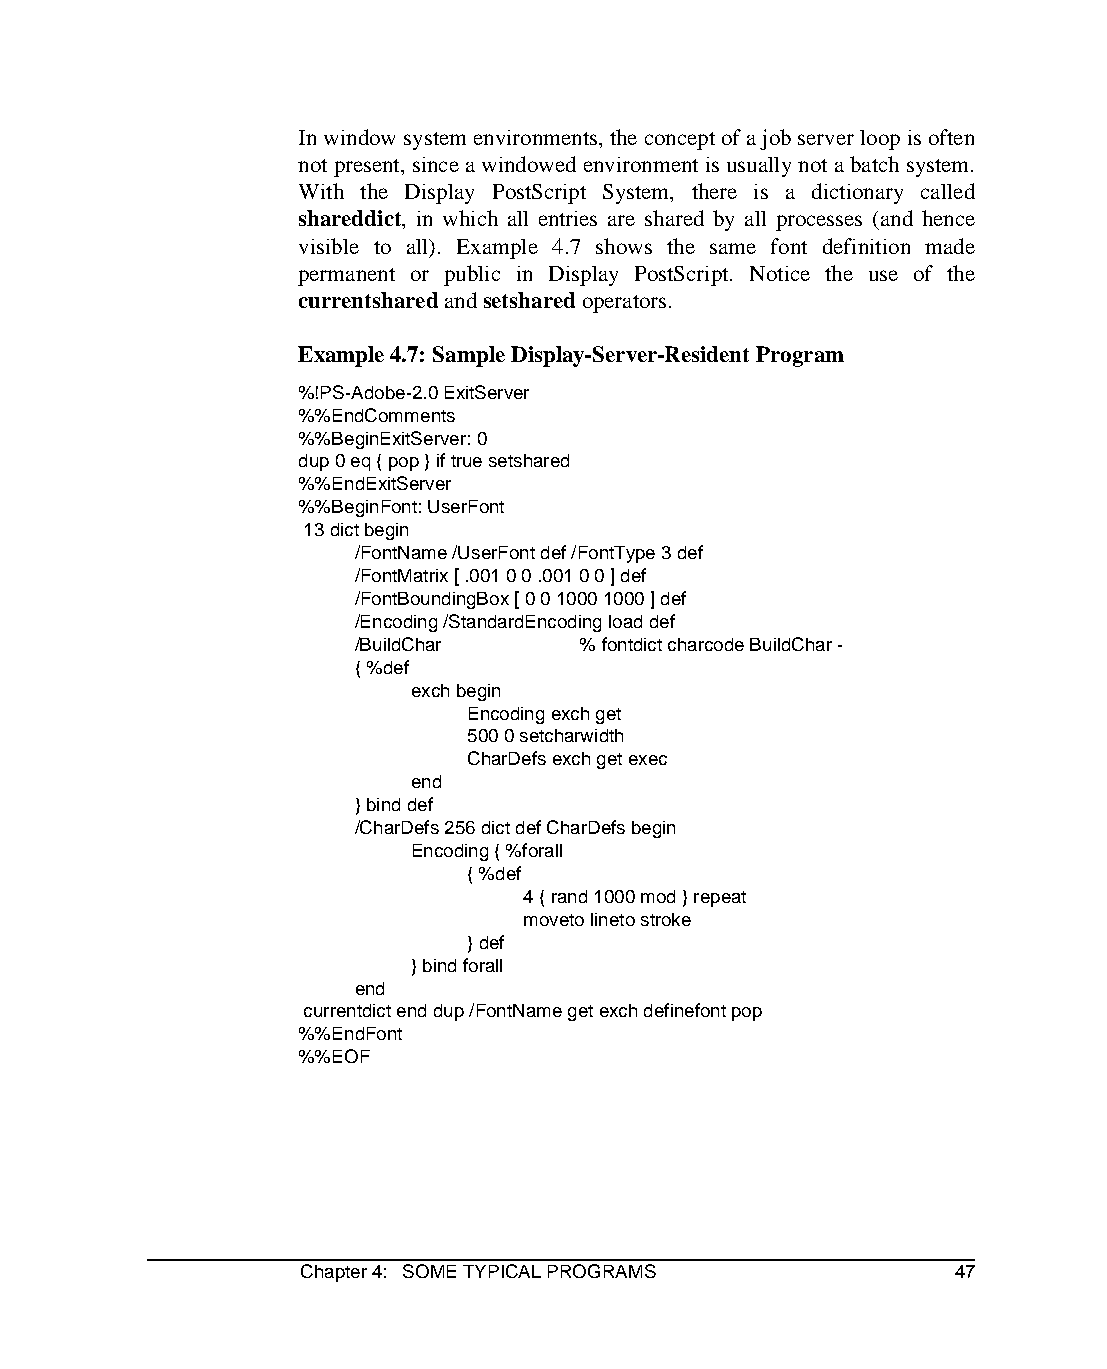
In window system environments, the concept of a job server loop is often
 not present, since a windowed environment is usually not a batch system.
 With the Display PostScript System, there is a dictionary called
 shareddict, in which all entries are shared by all processes (and hence
 visible to all). Example 4.7 shows the same font definition made
 permanent or public in Display PostScript. Notice the use of the
 currentshared and setshared operators.
 Example 4.7: Sample Display-Server-Resident Program
 %!PS-Adobe-2.0 ExitServer
 %%EndComments
 %%BeginExitServer: 0
 dup 0 eq { pop } if true setshared
 %%EndExitServer
 %%BeginFont: UserFont
 13 dict begin
 /FontName /UserFont def /FontType 3 def
 /FontMatrix [ .001 0 0 .001 0 0 ] def
 /FontBoundingBox [ 0 0 1000 1000 ] def
 /Encoding /StandardEncoding load def
 /BuildChar     % fontdict charcode BuildChar -
 { %def
 exch begin
 Encoding exch get
 500 0 setcharwidth
 CharDefs exch get exec
 end
 } bind def
 /CharDefs 256 dict def CharDefs begin
 Encoding { %forall
 { %def
 4 { rand 1000 mod } repeat
 moveto lineto stroke
 } def
 } bind forall
 end
 currentdict end dup /FontName get exch definefont pop
 %%EndFont
 %%EOF
 Chapter 4: SOME TYPICAL PROGRAMS           47